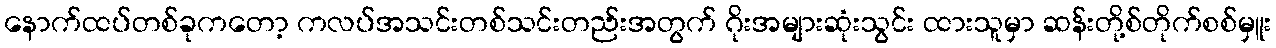
နောက်ထပ်တစ်ခုကတော့ ကလပ်အသင်းတစ်သင်းတည်းအတွက် ဂိုးအများဆုံးသွင်း ထားသူမှာ ဆန်းတို့စ်တိုက်စစ်မှူး